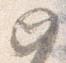
如